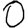
Digit: 0